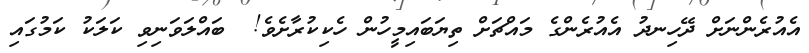
އެއުރެންނަށް ދޭހިނދު އެއުރެންގެ މައްޗަށް ތިޔަބައިމީހުން ހެކިކުރާށެވެ!  ބައްލަވަނިވި ކަލަކު ކަމުގައި